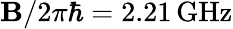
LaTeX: \mathbf{B}/2\pi\hbar=2.21\, \mathrm{{GHz}}